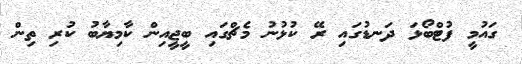
ގައުމީ ފުޓްބޯޅަ ދަނޑުގައި ރޭ ކުޅުނު މެޗްގައި ބީޖީއިން ކާމިޔާބު ކުރި ތިން